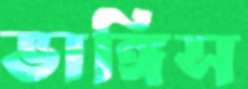
ভাঙ্গিস